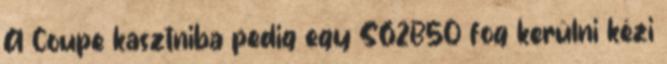
A Coupe kasztniba pedig egy S62B50 fog kerülni kézi